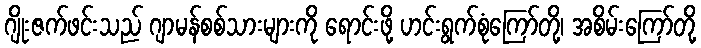
ဂျိုးဇက်ဖင်းသည် ဂျာမန်စစ်သားများကို ရောင်းဖို့ ဟင်းရွက်စုံကြော်တို့၊ အစိမ်းကြော်တို့